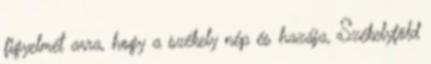
figyelmét arra, hogy a székely nép és hazája, Székelyföld